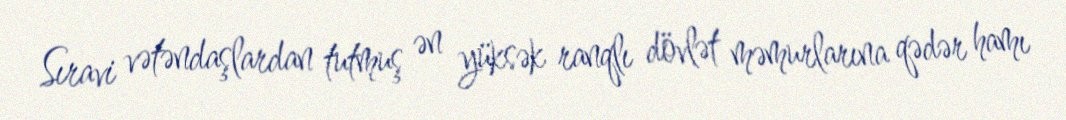
Sıravi vətəndaşlardan tutmuş ən yüksək ranqlı dövlət məmurlarına qədər hamı